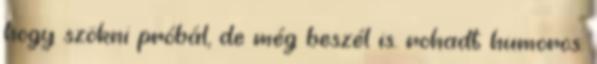
hogy szökni próbál, de még beszél is. rohadt humoros.